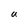
Character: U